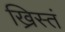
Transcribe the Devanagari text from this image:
ख्रिस्तं